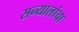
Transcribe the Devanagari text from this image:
सन्यालांचा